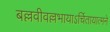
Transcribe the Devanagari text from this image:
बल्लवीवल्लभायाऽर्चितायात्मने